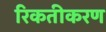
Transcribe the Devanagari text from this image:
रिकतीकरण